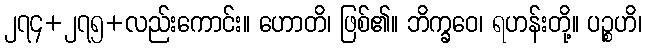
၂၇၄+၂၇၅+လည်းကောင်း။ ဟောတိ၊ ဖြစ်၏။ ဘိက္ခဝေ၊ ရဟန်းတို့။ ပဉ္စဟိ၊